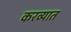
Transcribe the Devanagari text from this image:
करव्यात